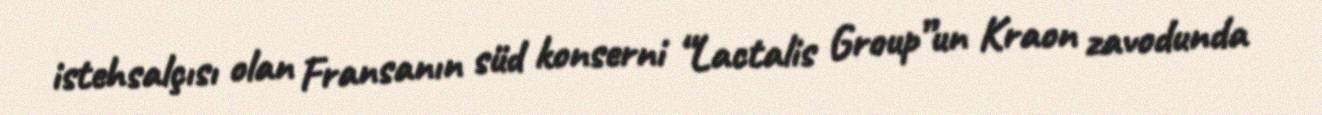
istehsalçısı olan Fransanın süd konserni “Lactalis Group”un Kraon zavodunda